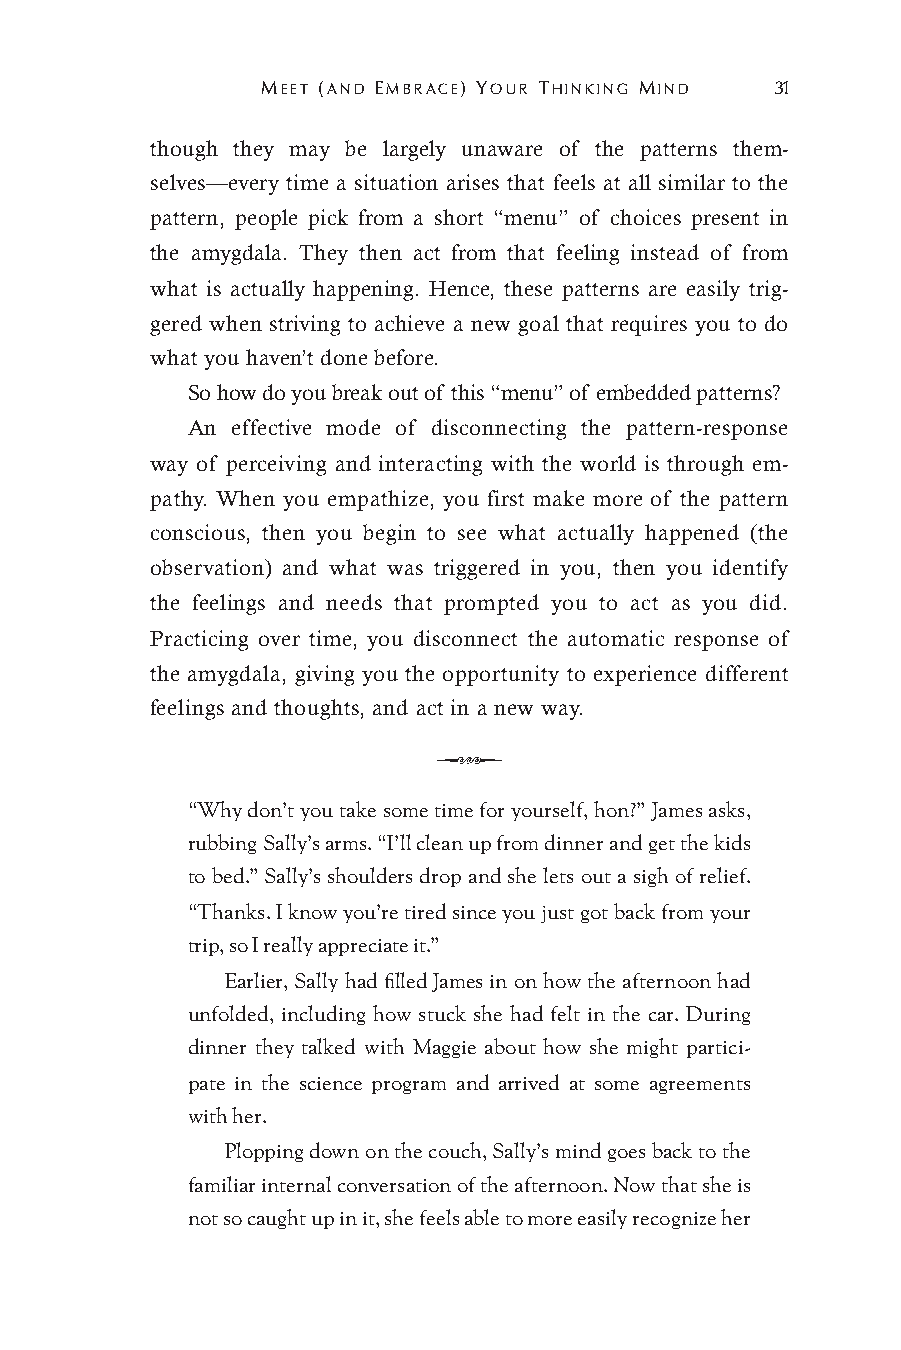
MEET (AND EMBRACE) YOUR THINKING MIND 31
 though they may be largely unaware of the patterns them-
 selves—every time a situation arises that feels at all similar to the
 pattern, people pick from a short “menu” of choices present in
 the amygdala. They then act from that feeling instead of from
 what is actually happening. Hence, these patterns are easily trig-
 gered when striving to achieve a new goal that requires you to do
 what you haven’t done before.
 So how do you break out of this “menu” of embedded patterns?
 An effective mode of disconnecting the pattern-response
 way of perceiving and interacting with the world is through em-
 pathy. When you empathize, you first make more of the pattern
 conscious, then you begin to see what actually happened (the
 observation) and what was triggered in you, then you identify
 the feelings and needs that prompted you to act as you did.
 Practicing over time, you disconnect the automatic response of
 the amygdala, giving you the opportunity to experience different
 feelings and thoughts, and act in a new way.
 Q
 “Why don’t you take some time for yourself, hon?” James asks,
 rubbing Sally’s arms. “I’ll clean up from dinner and get the kids
 to bed.” Sally’s shoulders drop and she lets out a sigh of relief.
 “Thanks. I know you’re tired since you just got back from your
 trip, so I really appreciate it.”
 Earlier, Sally had filled James in on how the afternoon had
 unfolded, including how stuck she had felt in the car. During
 dinner they talked with Maggie about how she might partici-
 pate in the science program and arrived at some agreements
 with her.
 Plopping down on the couch, Sally’s mind goes back to the
 familiar internal conversation of the afternoon. Now that she is
 not so caught up in it, she feels able to more easily recognize her